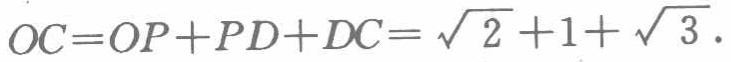
\(OC=OP + PD+DC=\sqrt{2}+1+\sqrt{3}\)